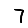
Digit: 7